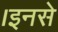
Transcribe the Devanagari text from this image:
।इनसे